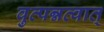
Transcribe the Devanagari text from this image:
वुत्पन्नत्वात्